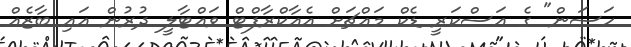
ހަސަން" ގެ އަސްކަރީ ޑެކް މައްޗަށް އެއާކްރާފްޓް ވައްޓާލީ ދުރުން އައި ބާޒެއް